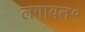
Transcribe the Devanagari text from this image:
लगावत॰